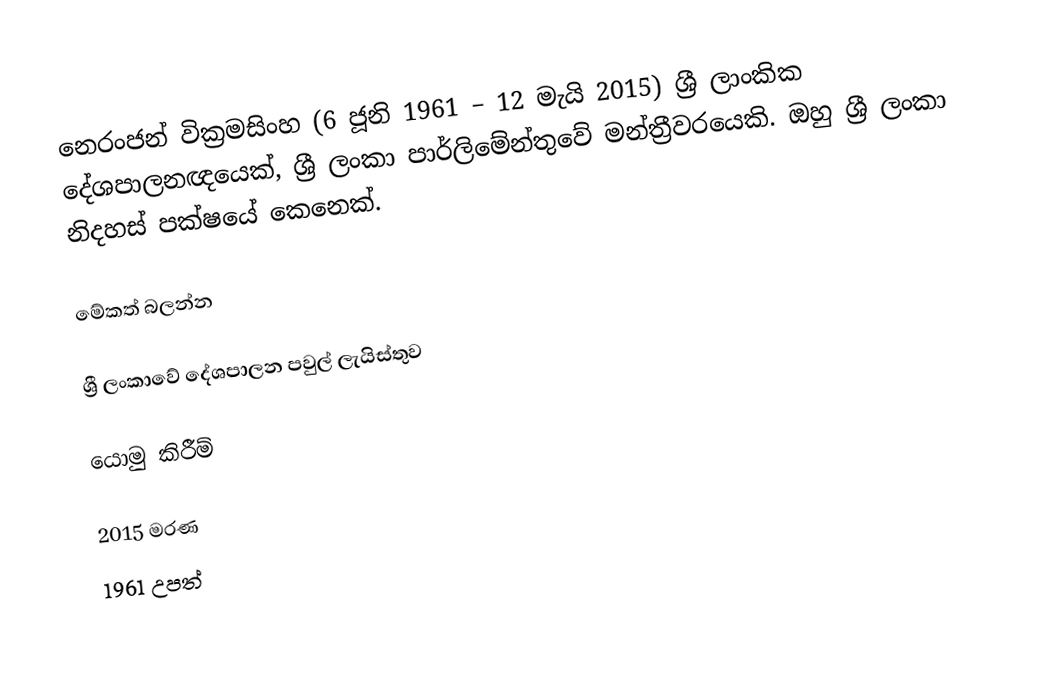
නෙරංජන් වික්‍රමසිංහ (6 ජූනි 1961 – 12 මැයි 2015)  ශ්‍රී ලාංකික දේශපාලනඥයෙක්, ශ්‍රී ලංකා පාර්ලිමේන්තුවේ මන්ත්‍රීවරයෙකි. ඔහු ශ්‍රී ලංකා නිදහස් පක්ෂයේ කෙනෙක්.

මේකත් බලන්න

 ශ්‍රී ලංකාවේ දේශපාලන පවුල් ලැයිස්තුව

යොමු කිරීම්

2015 මරණ
1961 උපත්